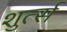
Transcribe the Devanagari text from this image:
शुर्त्स